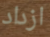
ازداد